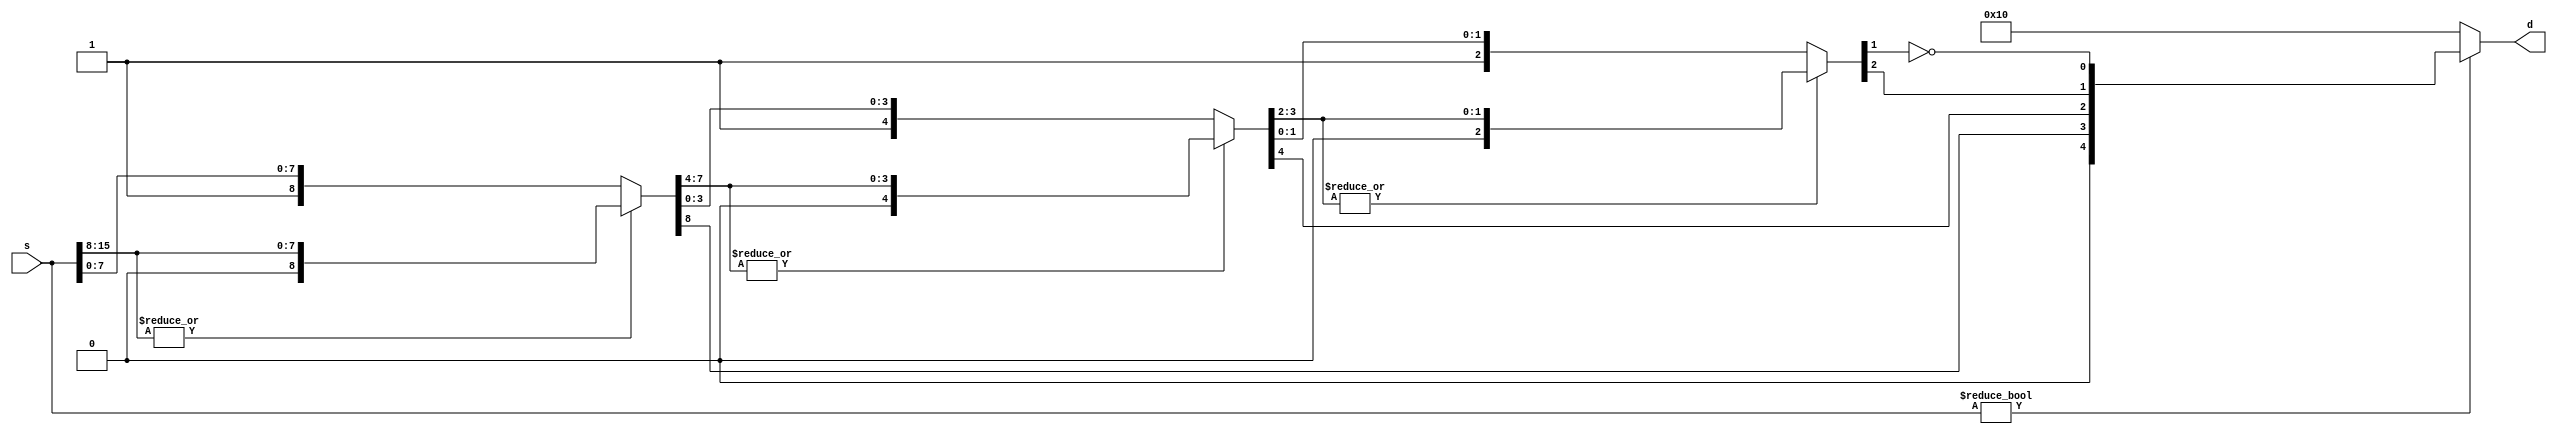
/*
* 
*      Project: Assignment 4 - "Pipelined Tangled + Qat"
* 
*  Description: Implements a pipelined Tangled Processor (PTP) design. 
*      
*  Notes: Based on Assignment 3 design by Chris Butler, Matthew Castle, and Blair Hall     
*/

// ADD IN `DEFINES THAT WE NEED FROM MULTI-CYCLE TANGLED PROCESSOR
// ADD IN INTERLOCK FUNCTIONS TO HELP STAGES COMMUNICATE AS NECESSARY

/* ************************************************************************** */
/* ****************** FLOATY modules provided by Dr. Dietz ****************** */
/* ************************************************************************** */

// MUST ADD NaN HANDLING TO EACH MODULE 

// Floating point Verilog modules for CPE480 (http://aggregate.org/EE480/floaty.html)
// Created February 19, 2019 by Henry Dietz (http://aggregate.org/hankd)
// Distributed under CC BY 4.0 (https://creativecommons.org/licenses/by/4.0/)

// Field definitions
`define WORD_SIZE   [15:0]  // generic machine word size
`define QAT_WORD_SIZE [255:0]
`define INVERTED_QAT_WORD_SIZE [0:255]
`define INT         signed [15:0]   // integer size
`define FLOAT       [15:0]  // half-precision float size
`define FSIGN       [15]    // sign bit
`define FEXP        [14:7]  // exponent
`define FFRAC       [6:0]   // fractional part (leading 1 implied)

// Constants
`define FZERO   16'b0     // float 0
`define F32767  16'h46ff  // closest approx to 32767, actually 32640
`define F32768  16'hc700  // -32768
`define NaN     16'hffc0  // value for float NaN
`define intNaN  16'h8000  // value for int NaN

// Count leading zeros, 16-bit (5-bit result) d=lead0s(s)
module lead0s(d, s);
	output wire [4:0] d;
	input wire `WORD_SIZE s;
	wire [4:0] t;
	wire [7:0] s8;
	wire [3:0] s4;
	wire [1:0] s2;
	assign t[4] = 0;
	assign {t[3],s8} = ((|s[15:8]) ? {1'b0,s[15:8]} : {1'b1,s[7:0]});
	assign {t[2],s4} = ((|s8[7:4]) ? {1'b0,s8[7:4]} : {1'b1,s8[3:0]});
	assign {t[1],s2} = ((|s4[3:2]) ? {1'b0,s4[3:2]} : {1'b1,s4[1:0]});
	assign t[0] = !s2[1];
	assign d = (s ? t : 16);
endmodule

// Count trailing zeros, 256-bit
module traling0s(d, s);
	output wire [8:0] d;
	input wire `QAT_WORD_SIZE s;
	wire [8:0] t;
	wire [127:0] s128;
	wire [63:0] s64;
	wire [31:0] s32;
	wire [15:0] s16;
	wire [7:0] s8;
	wire [3:0] s4;
	wire [1:0] s2;
	assign t[8] = 0;
	assign {t[7],s128} = ((|s[127:0]) ? {1'b0,s[127:0]} : {1'b1,s[255:128]});
	assign {t[6],s64} = ((|s128[63:0]) ? {1'b0,s128[63:0]} : {1'b1,s128[127:64]});
	assign {t[5],s32} = ((|s64[31:0]) ? {1'b0,s64[31:0]} : {1'b1,s64[63:32]});
	assign {t[4],s16} = ((|s32[15:0]) ? {1'b0,s32[15:0]} : {1'b1,s32[31:16]});
	assign {t[3],s8} = ((|s16[7:0]) ? {1'b0,s16[7:0]} : {1'b1,s16[15:8]});
	assign {t[2],s4} = ((|s8[3:0]) ? {1'b0,s8[3:0]} : {1'b1,s8[7:4]});
	assign {t[1],s2} = ((|s4[1:0]) ? {1'b0,s4[1:0]} : {1'b1,s4[3:2]});
	assign t[0] = !s2[1];
	assign d = (|s ? t+1 : 0);
endmodule

// Float set-less-than, 16-bit (1-bit result) torf=a<b
module fslt(torf, a, b);
	output wire torf;
	input wire `FLOAT a, b;
	assign torf = (a==`NaN ? 0 : (b==`NaN ? 0 : ((a `FSIGN && !(b `FSIGN)) ||
		(a `FSIGN && b `FSIGN && (a[14:0] > b[14:0])) ||
		(!(a `FSIGN) && !(b `FSIGN) && (a[14:0] < b[14:0])))));
endmodule

// Floating-point addition, 16-bit r=a+b
module fadd(r, a, b);
	output wire `FLOAT r;
	input wire `FLOAT a, b;
	wire `FLOAT s;
	wire [8:0] sexp, sman, sfrac;
	wire [7:0] texp, taman, tbman;
	wire [4:0] slead;
	wire ssign, aegt, amgt, eqsgn;
	assign r = (a==`NaN ? `NaN : (b==`NaN ? `NaN : ((a == 0) ? b : ((b == 0) ? a : s))));
	assign aegt = (a `FEXP > b `FEXP);
	assign texp = (aegt ? (a `FEXP) : (b `FEXP));
	assign taman = (aegt ? {1'b1, (a `FFRAC)} : ({1'b1, (a `FFRAC)} >> (texp - a `FEXP)));
	assign tbman = (aegt ? ({1'b1, (b `FFRAC)} >> (texp - b `FEXP)) : {1'b1, (b `FFRAC)});
	assign eqsgn = (a `FSIGN == b `FSIGN);
	assign amgt = (taman > tbman);
	assign sman = (eqsgn ? (taman + tbman) : (amgt ? (taman - tbman) : (tbman - taman)));
	lead0s m0(slead, {sman, 7'b0});
	assign ssign = (amgt ? (a `FSIGN) : (b `FSIGN));
	assign sfrac = sman << slead;
	assign sexp = (texp + 1) - slead;
	assign s = (sman ? (sexp ? {ssign, sexp[7:0], sfrac[7:1]} : 0) : 0);
endmodule

// Floating-point multiply, 16-bit r=a*b
module fmul(r, a, b);
	output wire `FLOAT r;
	input wire `FLOAT a, b;
	wire [15:0] m; // double the bits in a fraction, we need high bits
	wire [7:0] e;
	wire s;
	assign s = (a `FSIGN ^ b `FSIGN);
	assign m = ({1'b1, (a `FFRAC)} * {1'b1, (b `FFRAC)});
	assign e = (((a `FEXP) + (b `FEXP)) -127 + m[15]);
	assign r = ((a==`NaN) || (b==`NaN) ? `NaN : (((a == 0) || (b == 0)) ? 0 : (m[15] ? {s, e, m[14:8]} : {s, e, m[13:7]})));
endmodule

// Floating-point reciprocal, 16-bit r=1.0/a
// Note: requires initialized inverse fraction lookup table
module frecip(r, a);
	output wire `FLOAT r;
	input wire `FLOAT a;
    wire `FLOAT NaNWire;
	reg [6:0] look[127:0];
	initial $readmemh0(look);   // aggregate.org Icarus Verilog CGI simulator compatible
	assign NaNWire = `NaN;
    assign r `FSIGN = ((a==`NaN) || (a==0) ? NaNWire `FSIGN : a `FSIGN);
	assign r `FEXP = ((a==`NaN) || (a==0) ? NaNWire `FEXP : 253 + (!(a `FFRAC)) - a `FEXP);
	assign r `FFRAC = ((a==`NaN) || (a==0) ? NaNWire `FFRAC : look[a `FFRAC]);
endmodule

// Integer to float conversion, 16 bit
module i2f(f, i);
	output wire `FLOAT f;
	input wire `INT i;
	wire [4:0] lead;
	wire `WORD_SIZE pos;
	assign pos = (i[15] ? (-i) : i);
	lead0s m0(lead, pos);
	assign f `FFRAC = (i ? ({pos, 8'b0} >> (16 - lead)) : 0);
	assign f `FSIGN = i[15];
	assign f `FEXP = (i ? (128 + (14 - lead)) : 0);
endmodule

// Float to integer conversion, 16 bit
// Note: out-of-range values go to -32768 or 32767
module f2i(i, f);
	output wire `INT i;
	input wire `FLOAT f;
	wire `FLOAT ui;
	wire tiny, big;
	fslt m0(tiny, f, `F32768);
	fslt m1(big, `F32767, f);
	assign ui = {1'b1, f `FFRAC, 16'b0} >> ((128+22) - f `FEXP);
	assign i = (f==`NaN ? `intNaN : (tiny ? 0 : (big ? 32767 : (f `FSIGN ? (-ui) : ui))));
endmodule

/* ************************************************************************** */
/* ******************************* ALU Module ******************************* */
/* ************************************************************************** */

//ALU OPs
`define ALUOP_SIZE  [3:0] // size of ALU op field
`define ALUNOT      4'b0000
`define ALUFLOAT    4'b0001
`define ALUINT      4'b0010
`define ALUNEG      4'b0011
`define ALUNEGF     4'b0100
`define ALURECIP    4'b0101
`define ALUADD      4'b0110
`define ALUMUL      4'b0111
`define ALUSLT      4'b1000
`define ALUAND      4'b1001
`define ALUOR       4'b1010
`define ALUSHIFT    4'b1011
`define ALUXOR      4'b1100
`define ALUADDF     4'b1101
`define ALUMULF     4'b1110
`define ALUSLTF     4'b1111

// Integer and floating-point ALU
module ALU (out, op, x, y);
	output `WORD_SIZE out;
	input `ALUOP_SIZE op;
	input `WORD_SIZE x, y;
	reg`WORD_SIZE temp;
	wire fsltout;
	wire `WORD_SIZE faddout, fmulout, frecipout, i2fout, f2iout;
	reg `WORD_SIZE sltCheck;

	// instantiate floating point modules
	fslt myfslt(fsltout, x, y);
	fadd myfadd(faddout, x, y);
	fmul myfmul(fmulout, x, y);
	frecip myfrecip(frecipout, x);
	i2f myi2f(i2fout, x);
	f2i myf2i(f2iout, x);

	// assign temp to output
	assign out = temp;

	// assign output based on op
	always @* begin
		case (op)
			`ALUNOT: temp = ~x;
			`ALUFLOAT: temp = i2fout;
			`ALUINT: temp = f2iout;
			`ALUNEG: temp = -x;
			`ALUNEGF: temp = ((x==`NaN) ? `NaN : {~x`FSIGN,x[14:0]});
			`ALURECIP: temp = frecipout;
			`ALUADD: temp = x+y;
			`ALUMUL: temp = x*y;
			`ALUSLT: 
				begin 
					sltCheck = x - y;
					temp = ((sltCheck[15]) ? 16'b1 : 16'b0);
				end
			`ALUAND: temp = x&y;
			`ALUOR: temp = x|y;
			`ALUSHIFT: temp = ((y < 32768) ? (x << y) : (x >> -y));
			`ALUXOR: temp = x^y;
			`ALUADDF: temp = faddout;
			`ALUMULF: temp = fmulout;
			`ALUSLTF: temp = fsltout;
		endcase
	end
endmodule

/* ************************************************************************** */
/* ****************** Pipelined Tangled Processor (PTP) Module  ************* */
/* ************************************************************************** */
// Define memory aray sizes
`define IMEM_SIZE       	[2**16-1:0] // Instruction memory size 
`define DMEM_SIZE       	[2**16-1:0] // Data memory size
`define REGFILE_SIZE    	[2**4-1:0]  // The size of the regfile (i.e. 16 regs)
`define QAT_REGFILE_SIZE	[255:0]

// Format A field & values
`define FA_FIELD        	[15]
`define FA_FIELD_F0     	1
`define FA_FIELD_F1to4  	0

// Format B field & values
`define FB_FIELD        	[14:13]
`define FB_FIELD_F1     	1
`define FB_FIELD_F2     	2
`define FB_FIELD_F3     	3
`define FB_FIELD_F4     	0

// Format 0 Op codes
`define F0_OP_FIELD_HIGH    [14:13]
`define F0_OP_FIELD_LOW     [8]
`define F0_OP_LEX           0
`define F0_OP_LHI           1
`define F0_OP_BRF           2
`define F0_OP_BRT           3
`define F0_OP_MEAS          4
`define F0_OP_NEXT          5
`define F0_OP_HAD           6

// Format 1 Op codes
`define F1_OPA_FIELD        [8]
`define F1_OPA_FIELD_ALU    0
`define F1_OPA_FIELD_OPB    1
`define F1_OPB_FIELD        [7:4]
`define F1_OPB_JUMPR        0
`define F1_OPB_LOAD         8
`define F1_OPB_STORE        9
`define F1_OPB_COPY         10

// Format 2 Op Codes
`define F2_OP_FIELD         [12:8]
`define F2_OP_ONE           0
`define F2_OP_ZERO          1
`define F2_OP_NOT           2

// Format 3 Op Codes
`define F3_OP_FIELD         [12:8]
`define F3_OP_CCNOT         0
`define F3_OP_CSWAP         1
`define F3_OP_AND           2
`define F3_OP_OR            3
`define F3_OP_XOR           4
`define F3_OP_SWAP          16
`define F3_OP_CNOT          17

// Define instruction operands
`define IR_RD_FIELD         [12:9]
`define IR_RS_FIELD         [3:0]
`define IR_RA_FIELD 		[7:0]
`define IR_RB_FIELD 		[7:0]
`define IR_RC_FIELD 		[15:8]
`define IR_ALU_OP_FIELD     [7:4]
`define IR_IMM4_FIELD       [12:9]
`define IR_IMM8_FIELD       [7:0]
`define IR_QAT_RA_FIELD     [7:0]
`define IR2_QAT_RB_FIELD    [7:0]
`define IR2_QAT_RC_FIELD    [15:8]

`define noop 16'hffff
`define sys 16'h0000

module PTP(halt, reset, clk);

	output reg halt;
	input reset;
	input clk;

	reg `WORD_SIZE text `IMEM_SIZE;         // Instruction memory
	reg `WORD_SIZE data `DMEM_SIZE;         // Data memory

	reg `WORD_SIZE regfile `REGFILE_SIZE;   // Register File
	reg `QAT_WORD_SIZE Qatregfile `QAT_REGFILE_SIZE;   // Qat Register File

	reg `WORD_SIZE pc;                      // Program counter register

    // Buffers between stages
    wire `WORD_SIZE stage1to2iwire;
    wire `WORD_SIZE stage1to2iwire2;
    reg `WORD_SIZE stage1to2ir;
    reg `WORD_SIZE stage2ir1temp;            // Instruction register 2 (top 16 bits for 32-bit instructions)
    reg [1:0] branchJumpHaltFlag;
    reg [7:0] offset;
    reg `WORD_SIZE jumpDest;
    reg `WORD_SIZE stage2to3ir;
    reg `WORD_SIZE stage2to3ir2;
    reg sys2to3Flag;
    reg sys3to4Flag;
    reg `WORD_SIZE rd2to3Value;
    reg `WORD_SIZE rs2to3Value;
	reg `QAT_WORD_SIZE ra2to3Value;
	reg `QAT_WORD_SIZE rb2to3Value;
	reg `QAT_WORD_SIZE rc2to3Value;
    reg `WORD_SIZE stage3to4Result;
    reg stage3to4Write;
    reg [3:0] rd3to4Index;
	wire [3:0] rd2to3Index;
	assign rd2to3Index = stage2to3ir `IR_RD_FIELD;
	reg movePCBackTwo;
	reg QatFlag32;

	// Define some instruction operands
	// (Not necessay, but easier to read/use than having macros everywhere)
	wire [3:0] rdIndex, rsIndex;
	//wire [7:0] raIndex, rbIndex, rcIndex;
	reg [7:0] ra2to3Index;
	wire [3:0] aluOp;
	wire [7:0] imm8;
	assign imm8 = stage1to2ir`IR_IMM8_FIELD;
	wire [7:0] stage3imm8;
	assign stage3imm8 = stage2to3ir`IR_IMM8_FIELD;
	assign aluOp = stage2to3ir `IR_ALU_OP_FIELD;
	assign rdIndex = stage1to2ir `IR_RD_FIELD;
    assign rsIndex = stage1to2ir `IR_RS_FIELD;
	//assign raIndex = stage1to2ir `IR_RA_FIELD;
	//assign rbIndex = stage1to2ir `IR_RB_FIELD;
	//assign rcIndex = stage1to2ir `IR_RC_FIELD;

	wire `QAT_WORD_SIZE swapPlace;
	wire `QAT_WORD_SIZE swapPlace2;
	wire `QAT_WORD_SIZE cSwapPlaceA;
	wire `QAT_WORD_SIZE cSwapPlaceB;
	wire `QAT_WORD_SIZE cSwapPlaceC;
	wire `QAT_WORD_SIZE shiftedA;
	wire [8:0] ending0s;

	traling0s lead(ending0s, shiftedA);

	// Instantiate the ALU
	wire `WORD_SIZE aluOut;
	ALU alu(.out(aluOut), .op(aluOp), .x(rd2to3Value), .y(rs2to3Value));

    assign stage1to2iwire = text[pc];

    always @(posedge reset) begin
		halt = 0;
        stage1to2ir = `noop;
        stage2ir1temp = `noop;
        stage2to3ir = `noop;
        stage2to3ir2 = `noop;
        pc = 0;
        branchJumpHaltFlag = 0;
        sys2to3Flag = 0;
        sys3to4Flag = 0;
        stage3to4Write = 0;
        stage3to4Result = 0;
    end

    // Stage 1: PC increment and instruction fetch
    always @(posedge clk) begin
        if (branchJumpHaltFlag == 0)
        begin
            // Set a value for instruction register that can be read by Stage 2  
            pc <= pc + 1;
            stage1to2ir <= stage1to2iwire;
        end
        if (branchJumpHaltFlag == 1) // If branch
        begin
			pc <= pc + ((offset[7]) ? ({{8{1'b1}}, offset}) : (offset)) - 1;
			stage1to2ir <= `noop;
        end
        if (branchJumpHaltFlag == 2) //If jump
        begin
            pc <= jumpDest;
            stage1to2ir <= `noop;
        end
        if (branchJumpHaltFlag == 3) //If halt
        begin
			//Check if need to repeat instruction because of dependency
			if (movePCBackTwo)
			begin
				pc <= pc - 2;
			end
            //Do nothing
            stage1to2ir <= `noop;
        end
    end

    // Stage 2: Register Read
    always @(posedge clk) begin
        // Make sure IR is not on a NOOP
        if (stage1to2ir == `noop) //What is starting value of PC? worried about first cycle when PC has not been given an increment 
        begin
            // Do nothing
        end
		else if (QatFlag32) // Waiting for second half of 32 bit Qat instruction
		begin
			QatFlag32 <= 0;
			sys2to3Flag <= 0;
			branchJumpHaltFlag <= 0;
			stage2ir1temp <= `noop;
			stage2to3ir <= stage2ir1temp;
			stage2to3ir2 <= stage1to2ir;
			//ra2to3Value <= Qatregfile[raIndex];
			//rb2to3Value <= Qatregfile[rbIndex];
			//rc2to3Value <= Qatregfile[rcIndex];
		end
        else
        begin
			if (branchJumpHaltFlag) // Ignore instruction from stage 1 if branching, jumping, or halting
			begin
				sys2to3Flag <= 0;
				branchJumpHaltFlag <= 0; 
				stage2to3ir <= `noop;
                stage2to3ir2 <=`noop;
				movePCBackTwo <=0;
			end
			else
			begin
				if(stage1to2ir == `sys)
				begin
					sys2to3Flag <= 1;
					branchJumpHaltFlag <= 3; 
					stage2to3ir <= `noop;
					stage2to3ir2 <=`noop;
				end
				else
				begin
					// Check for RAW dependencies and insert noops
					if (((stage2to3ir != `noop) && ((rdIndex == stage2to3ir`IR_RD_FIELD) || (rsIndex == stage2to3ir`IR_RD_FIELD)) || (stage3to4Write && ((rdIndex == rd3to4Index) || (rsIndex == rd3to4Index)))) && !((stage2to3ir `FA_FIELD == `FA_FIELD_F1to4) && (stage2to3ir `FB_FIELD == `FB_FIELD_F3)) && !((stage2to3ir `FA_FIELD == `FA_FIELD_F1to4) && (stage2to3ir `FB_FIELD == `FB_FIELD_F2)))
					begin
						branchJumpHaltFlag <= 3; // Stop pc from incrementing
						rd2to3Value <= 0; // Won't have valid data
						rs2to3Value <= 0; // Won't have valid data
						stage2to3ir <= `noop;
						stage2to3ir2 <= `noop;
						movePCBackTwo <= 1;
					end
					else
					begin
						if((stage1to2ir `FA_FIELD == `FA_FIELD_F1to4) && (stage1to2ir `FB_FIELD == `FB_FIELD_F1) && (stage1to2ir `F1_OPA_FIELD == `F1_OPA_FIELD_OPB) && (stage1to2ir `F1_OPB_FIELD == `F1_OPB_JUMPR)) //Checking if it is jump instruction
						begin
							//Jump
							branchJumpHaltFlag <= 2; 
							jumpDest <= regfile[rdIndex]; 
							stage2to3ir <= `noop;
							stage2to3ir2 <= `noop;
						end
						else if ((stage1to2ir `FA_FIELD == `FA_FIELD_F0) && ({stage1to2ir `F0_OP_FIELD_HIGH, stage1to2ir `F0_OP_FIELD_LOW} == `F0_OP_BRF)) //Checking if it is a branch false
						begin
							//Branch
							branchJumpHaltFlag <= !regfile[rdIndex]; 
							offset <= imm8;
							stage2to3ir <= `noop;
							stage2to3ir2 <= `noop;
						end
						else if ((stage1to2ir `FA_FIELD == `FA_FIELD_F0) && ({stage1to2ir `F0_OP_FIELD_HIGH, stage1to2ir `F0_OP_FIELD_LOW} == `F0_OP_BRT)) //Checking if it is a branch true
						begin
							//Branch
							branchJumpHaltFlag <= (regfile[rdIndex] != 0); 
							offset <= imm8;
							stage2to3ir <= `noop;
							stage2to3ir2 <= `noop;
						end
						//Check if its 32 bit instruction.
						else if ((stage1to2ir `FA_FIELD == `FA_FIELD_F1to4) && (stage1to2ir `FB_FIELD == `FB_FIELD_F3)) //32 bit Qat instructions
						begin
							QatFlag32 <= 1; //Mark that next instruction is bottom half of this 32 bit instruction
							sys2to3Flag <= 0;
							branchJumpHaltFlag <= 0;
							stage2ir1temp <= stage1to2ir; //Store top half of instruction to use in next clock cycle
							stage2to3ir <= `noop; //Pass on a noop
							stage2to3ir2 <= `noop;
						end
						else
						begin
							branchJumpHaltFlag <= 0;
							rd2to3Value <= regfile[rdIndex];
							rs2to3Value <= regfile[rsIndex];
							stage2to3ir <= stage1to2ir;
							stage2to3ir2 <= `noop;
						end
					end
				end
			end
        end
    end

	assign swapPlace = Qatregfile[stage2to3ir`IR_QAT_RA_FIELD];
	assign swapPlace2 = Qatregfile[stage2to3ir2`IR2_QAT_RB_FIELD];
	assign cSwapPlaceA = Qatregfile[stage2to3ir`IR_QAT_RA_FIELD];
	assign cSwapPlaceB = Qatregfile[stage2to3ir2`IR2_QAT_RB_FIELD];
	assign cSwapPlaceC = Qatregfile[stage2to3ir2`IR2_QAT_RC_FIELD];
	assign shiftedA = Qatregfile[stage2to3ir`IR_QAT_RA_FIELD] >> rd2to3Value;

    // Stage 3: ReadMem and ALU
    always @(posedge clk) begin
        // Decode and execute instruction
        // Set a flag when it is done
        if(sys2to3Flag == 1)
        begin
            sys3to4Flag <= 1;
        end
		else if (stage2to3ir == `noop)
		begin
			stage3to4Write <= 0;
			stage3to4Result <= 0;
			rd3to4Index <= 0;
		end

		else if ((stage2to3ir `FA_FIELD == `FA_FIELD_F1to4) && (stage2to3ir `FB_FIELD == `FB_FIELD_F3)) //32 bit Qat instructions
		begin
			if (stage2to3ir[12:8] == `F3_OP_AND) begin // Qat AND
				Qatregfile[stage2to3ir`IR_QAT_RA_FIELD] <= (Qatregfile[stage2to3ir2`IR2_QAT_RB_FIELD] & Qatregfile[stage2to3ir2`IR2_QAT_RC_FIELD]);
			end
			else if (stage2to3ir[12:8] == `F3_OP_OR) begin // Qat OR
				Qatregfile[stage2to3ir`IR_QAT_RA_FIELD] <= (Qatregfile[stage2to3ir2`IR2_QAT_RB_FIELD] | Qatregfile[stage2to3ir2`IR2_QAT_RC_FIELD]);
			end
			else if (stage2to3ir[12:8] == `F3_OP_XOR) begin
				Qatregfile[stage2to3ir`IR_QAT_RA_FIELD] <= (Qatregfile[stage2to3ir2`IR2_QAT_RB_FIELD] ^ Qatregfile[stage2to3ir2`IR2_QAT_RC_FIELD]);
			end
			else if (stage2to3ir[12:8] == `F3_OP_SWAP) begin // Qat SWAP
				Qatregfile[stage2to3ir`IR_QAT_RA_FIELD] <= swapPlace2;
				Qatregfile[stage2to3ir2`IR2_QAT_RB_FIELD] <= swapPlace;
			end
			else if (stage2to3ir[12:8] == `F3_OP_CSWAP) begin // Qat CSWAP
				//     (c&b) | ((~c) & a) 
				Qatregfile[stage2to3ir`IR_QAT_RA_FIELD] <= ((cSwapPlaceC & cSwapPlaceB) | ((~cSwapPlaceC) & cSwapPlaceA));
				Qatregfile[stage2to3ir2`IR2_QAT_RB_FIELD] <= ((cSwapPlaceC & cSwapPlaceA) | ((~cSwapPlaceC) & cSwapPlaceB));
			end
			else if (stage2to3ir[12:8] == `F3_OP_CNOT) begin // Qat CNOT
				Qatregfile[stage2to3ir`IR_QAT_RA_FIELD] <= (Qatregfile[stage2to3ir`IR_QAT_RA_FIELD] ^ Qatregfile[stage2to3ir2`IR2_QAT_RB_FIELD]);
			end
			else if (stage2to3ir[12:8] == `F3_OP_CCNOT) begin // Qat CCNOT
				Qatregfile[stage2to3ir`IR_QAT_RA_FIELD] <= (Qatregfile[stage2to3ir`IR_QAT_RA_FIELD] ^ (Qatregfile[stage2to3ir2`IR2_QAT_RB_FIELD] & Qatregfile[stage2to3ir2`IR2_QAT_RC_FIELD]));
			end
		end
		else if ((stage2to3ir `FA_FIELD == `FA_FIELD_F1to4) && (stage2to3ir `FB_FIELD == `FB_FIELD_F2)) //16 bit Qat instructions
		begin
			if (stage2to3ir[12:8] == `F2_OP_ONE) begin
				Qatregfile[stage2to3ir`IR_QAT_RA_FIELD] <= 256'hffffffffffffffffffffffffffffffffffffffffffffffffffffffffffffffff;
			end
			else if (stage2to3ir[12:8] == `F2_OP_ZERO) begin
				Qatregfile[stage2to3ir`IR_QAT_RA_FIELD] <= 256'h0;
			end
			else if (stage2to3ir[12:8] == `F2_OP_NOT) begin
				Qatregfile[stage2to3ir`IR_QAT_RA_FIELD] <= ~Qatregfile[stage2to3ir`IR_QAT_RA_FIELD];
			end
		end
		else if ((stage2to3ir `FA_FIELD == `FA_FIELD_F0) && {stage2to3ir`F0_OP_FIELD_HIGH, stage2to3ir`F0_OP_FIELD_LOW} == `F0_OP_HAD)
		begin
			case (stage2to3ir `IR_IMM4_FIELD)
			0: Qatregfile[stage2to3ir`IR_QAT_RA_FIELD] <= {128{{1{1'b1}}, {1{1'b0}}}}; 
			1: Qatregfile[stage2to3ir`IR_QAT_RA_FIELD] <= {64{{2{1'b1}}, {2{1'b0}}}}; 
			2: Qatregfile[stage2to3ir`IR_QAT_RA_FIELD] <= {32{{4{1'b1}}, {4{1'b0}}}}; 
			3: Qatregfile[stage2to3ir`IR_QAT_RA_FIELD] <= {16{{8{1'b1}}, {8{1'b0}}}}; 
			4: Qatregfile[stage2to3ir`IR_QAT_RA_FIELD] <= {8{{16{1'b1}}, {16{1'b0}}}}; 
			5: Qatregfile[stage2to3ir`IR_QAT_RA_FIELD] <= {4{{32{1'b1}}, {32{1'b0}}}}; 
			6: Qatregfile[stage2to3ir`IR_QAT_RA_FIELD] <= {2{{64{1'b1}}, {64{1'b0}}}}; 
			7: Qatregfile[stage2to3ir`IR_QAT_RA_FIELD] <= {1{{128{1'b1}}, {128{1'b0}}}}; 
			default: Qatregfile[stage2to3ir`IR_QAT_RA_FIELD] <= {128{{1{1'b0}}, {1{1'b0}}}};
			endcase
		end
		else if ((stage2to3ir `FA_FIELD == `FA_FIELD_F0) && {stage2to3ir`F0_OP_FIELD_HIGH, stage2to3ir`F0_OP_FIELD_LOW} == `F0_OP_MEAS)
		begin
			regfile[rd2to3Index] <= Qatregfile[stage2to3ir`IR_QAT_RA_FIELD][rd2to3Value];
		end
		else if ((stage2to3ir `FA_FIELD == `FA_FIELD_F0) && {stage2to3ir`F0_OP_FIELD_HIGH, stage2to3ir`F0_OP_FIELD_LOW} == `F0_OP_NEXT)
		begin
			if (|ending0s) begin
				regfile[rd2to3Index] <= ending0s + rd2to3Value;
			end
			else begin
				regfile[rd2to3Index] <= 0;
			end
		end
        else
        begin
            sys3to4Flag <= 0;
            if(stage2to3ir `FA_FIELD == `FA_FIELD_F1to4)
            begin
                if(stage2to3ir `FB_FIELD == `FB_FIELD_F1)
                begin
                    if(stage2to3ir `F1_OPA_FIELD == `F1_OPA_FIELD_ALU) //ALU Instructions
                    begin
                        stage3to4Result <= aluOut;
                        stage3to4Write <= 1;
						rd3to4Index <= rd2to3Index;
                    end
                    else
                    begin
                        if(stage2to3ir `F1_OPB_FIELD == `F1_OPB_LOAD)
                        begin
                            //load
                            stage3to4Result <= data[rs2to3Value];
                            stage3to4Write <= 1;
							rd3to4Index <= rd2to3Index;
                        end
                        if(stage2to3ir `F1_OPB_FIELD == `F1_OPB_STORE)
                        begin
                            //store
                            data[rs2to3Value] <= rd2to3Value;
                            stage3to4Write <= 0;
                        end
                        if(stage2to3ir `F1_OPB_FIELD == `F1_OPB_COPY)
                        begin
                            //copy
                            stage3to4Result <= rs2to3Value;
                            stage3to4Write <= 1;
							rd3to4Index <= rd2to3Index;
                        end
                    end
                end
            end
			else if(stage2to3ir `FA_FIELD == `FA_FIELD_F0)
            begin
				if ({stage2to3ir`F0_OP_FIELD_HIGH, stage2to3ir`F0_OP_FIELD_LOW} == `F0_OP_LEX)
				begin
					stage3to4Write <= 1;
					stage3to4Result <= {stage3imm8[7] ? 8'hFF : 8'h00, stage3imm8};
					rd3to4Index <= rd2to3Index;
				end
				else if ({stage2to3ir`F0_OP_FIELD_HIGH, stage2to3ir`F0_OP_FIELD_LOW} == `F0_OP_LHI)
				begin
					stage3to4Write <= 1;
					stage3to4Result <= {stage3imm8, regfile[rd2to3Index][7:0]};
					rd3to4Index <= rd2to3Index;
				end
			end
			else //No ops matched
			begin
				stage3to4Write <= 0;
				stage3to4Result <= 0;
				rd3to4Index <= 0;
			end
        end
    end

    // Stage 4: Register Write
    always @(posedge clk) begin
        // Wait for ALU done flag to be set
        // Put the result in its destination if necessary
        if(sys3to4Flag == 1)
        begin
            halt <= 1;
        end
        else
        if(stage3to4Write == 1)
        begin
            regfile[rd3to4Index] <= stage3to4Result; 
        end
    end
endmodule

module PTP_TB();

	// Observing signals
	wire halt;

	// Driving signals
	reg reset = 0;
	reg clk = 0;

	// Instantiate the Unit Under Test
	PTP uut (.halt(halt), .reset(reset), .clk(clk));

	// Run the tests
	initial begin 
		$readmemh1(uut.text);	// aggregate.org Icarus Verilog CGI simulator compatible
		$dumpfile;				// aggregate.org Icarus Verilog CGI simulator compatible
		$dumpvars(0, uut, uut.regfile[0], uut.regfile[1], uut.regfile[2], uut.Qatregfile[0], uut.Qatregfile[1], uut.Qatregfile[2]); // would normally trace 0, PE

		// Put the machine into a known state
		#5 reset = 1;
		#5 reset = 0;

		// Step through instructions until the machine is halted
		while (!halt) begin
			// Load
			$display("PC: %4d", uut.pc);
			#5 clk = 1;
			#5 clk = 0;
			$display("IR: %4h", uut.stage1to2ir);
		end
	end

endmodule